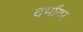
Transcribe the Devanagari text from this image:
दर्भावर